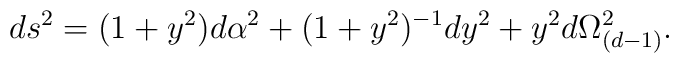
ds^2 = (1+y^2) d\alpha^2 +(1+ y^2 )^{-1} dy^2 + y^2 d\Omega_{(d-1)}^2.